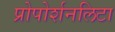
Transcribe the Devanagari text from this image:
प्रोपोर्शनलिटा